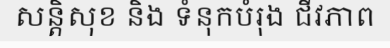
សន្តិសុខ និង ទំនុកបំរុង ជីវភាព